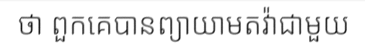
ថា ពួកគេបានព្យាយាមតវ៉ាជាមួយ